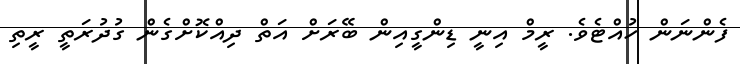
ފެންނަން ހުއްޓެވެ. ރީމް އިނީ ޑިންގީއިން ބޭރަށް އަތް ދިއްކޮށްގެން ގުދުރަތީ ރީތި